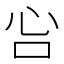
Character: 吢